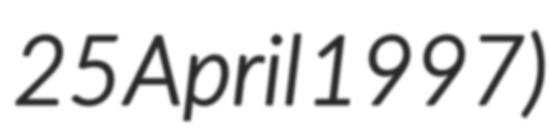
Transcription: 25 April 1997)